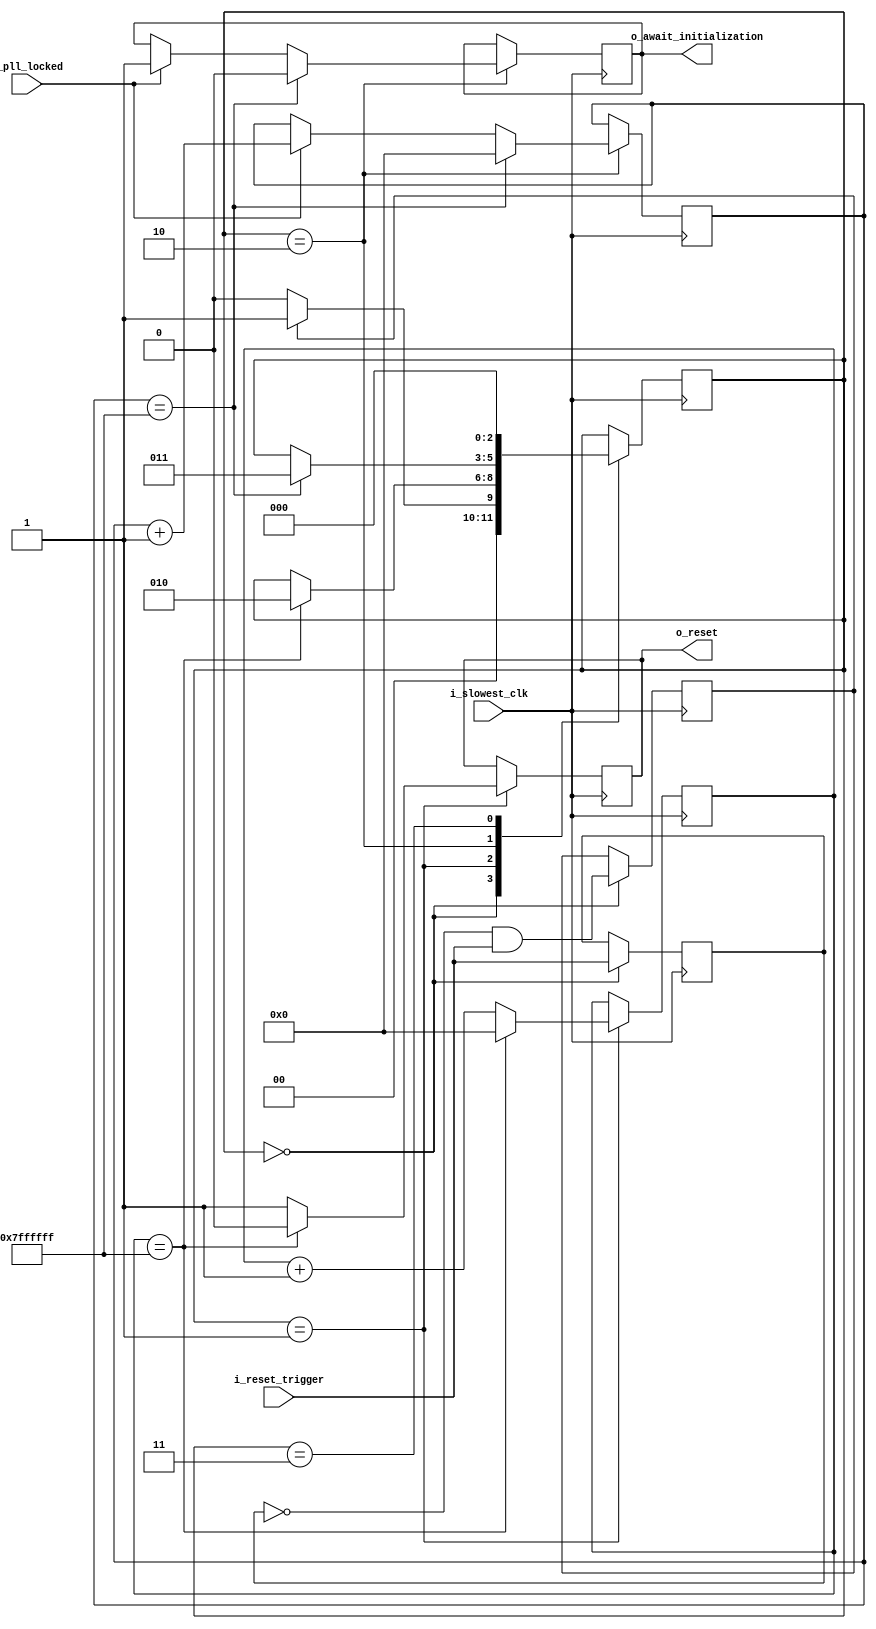
module reset_init_block(
    input       i_slowest_clk,
    input       i_reset_trigger,
    input       i_pll_locked,      
    output reg  o_reset,
    output reg  o_await_initialization
);
    reg [2:0] reset_state;
    
    reg i_reset_trigger_prev;
    reg i_reset_trigger_posedge;
    
    reg [26:0] reset_counter;
    
    reg [26:0] init_counter;
    
    always @(posedge i_slowest_clk) begin
        case (reset_state)
            2'b00: begin
                i_reset_trigger_prev    <= i_reset_trigger;
                i_reset_trigger_posedge <= ~i_reset_trigger_prev && i_reset_trigger;
                reset_state             <= i_reset_trigger_posedge ? 2'b01 : 2'b00;
            end
            2'b01: begin
                if (reset_counter == {27{1'b1}}) begin
                    reset_counter           <= 0;
                    o_reset                 <= 0;
                    reset_state             <= 2'b10;
                end else begin
                    reset_counter   <= reset_counter + 1;
                    o_reset <= 1;
                end    
            end
            2'b10: begin
                if (init_counter == {27{1'b1}}) begin
                    init_counter           <= 0;
                    o_await_initialization <= 0;
                    reset_state            <= 2'b11;
                end else begin
                    if (i_pll_locked) begin
                        init_counter            <= init_counter + 1;
                        o_await_initialization  <= 1;
                    end else;
                end        
            end
            2'b11: begin
                reset_state <= 2'b00;                     
            end
        endcase
    end
    
endmodule